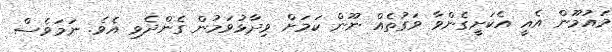
މައުމޫން އެއީ އެކަށީގެންވާ ވަގުތެއް ނޫން ކަމަށް ވިދާޅުވަމުން ގެންދެވި އެވެ. ނަމަވެސް